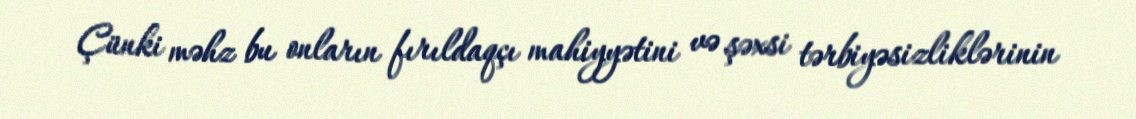
Çünki məhz bu onların fırıldaqçı mahiyyətini və şəxsi tərbiyəsizliklərinin